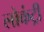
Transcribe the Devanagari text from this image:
लोकंट्री